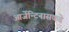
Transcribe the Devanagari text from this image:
आर्जेन्टिनासकडे